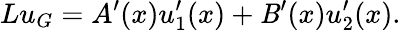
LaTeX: Lu_{G}=A^{\prime}(x)u_{1}^{\prime}(x)+\mathit{B}^{\prime}(x)u_{2}^{\prime}(x).